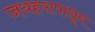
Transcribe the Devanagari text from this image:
जयहरापासून